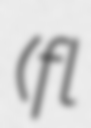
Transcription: (fl